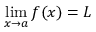
\operatorname* { l i m } _ { x \to a } f ( x ) = L